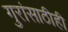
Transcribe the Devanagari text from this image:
गुरांसाठीही